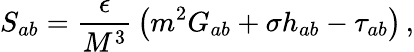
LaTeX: S_{ab}={\frac{\epsilon}{M^{3}}}\left(m^{2}G_{ab}+\sigma h_{ab}-\tau_{ab}\right)\, ,